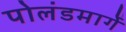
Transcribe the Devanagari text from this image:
पोलंडमार्गे